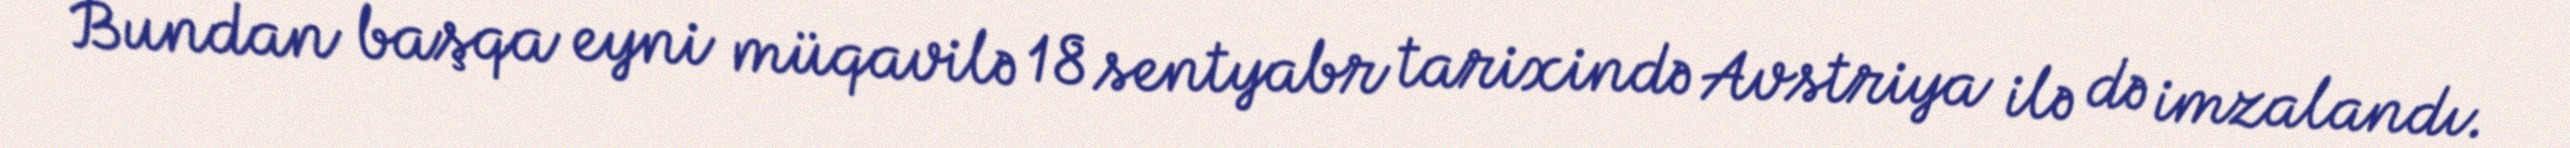
Bundan başqa eyni müqavilə 18 sentyabr tarixində Avstriya ilə də imzalandı.